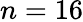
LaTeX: n=16